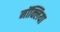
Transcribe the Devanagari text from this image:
नॉक्लिया